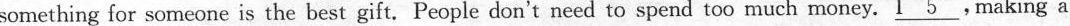
something for someone is the best gift.People don't need to spend too much money. \underline{I5}.Making a